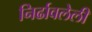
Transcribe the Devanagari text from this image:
निर्ढावलेली